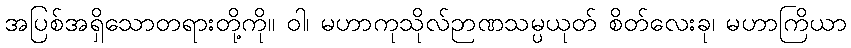
အပြစ်အရှိသောတရားတို့ကို။ ဝါ၊ မဟာကုသိုလ်ဉာဏသမ္ပယုတ် စိတ်လေးခု၊ မဟာကြိယာ